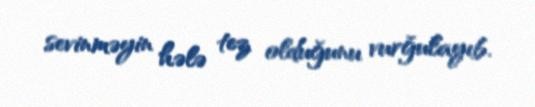
sevinməyin hələ tez olduğunu vurğulayıb.